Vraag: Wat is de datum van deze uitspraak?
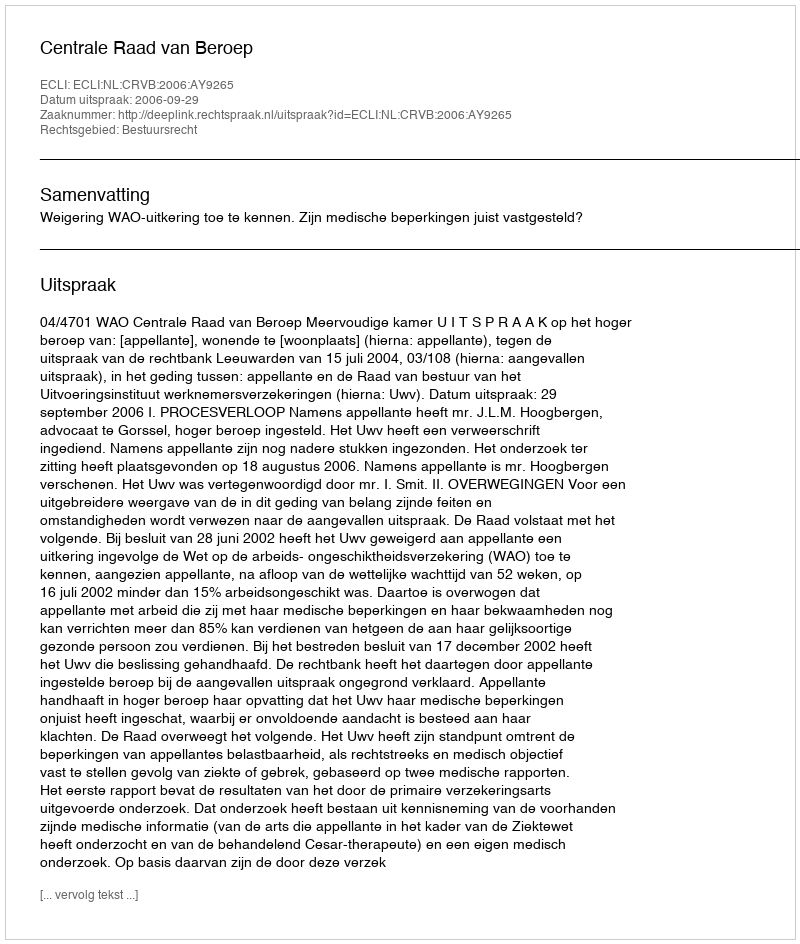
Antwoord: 2006-09-29